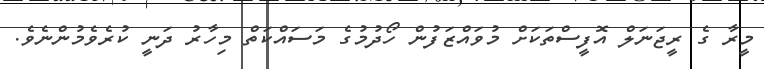
މީރާ ގެ ރީޖަނަލް އޮފީސްތަކަށް މުވައްޒަފުން ހޯދުމުގެ މަސައްކަތް މިހާރު ދަނީ ކުރެވެމުންނެވެ.